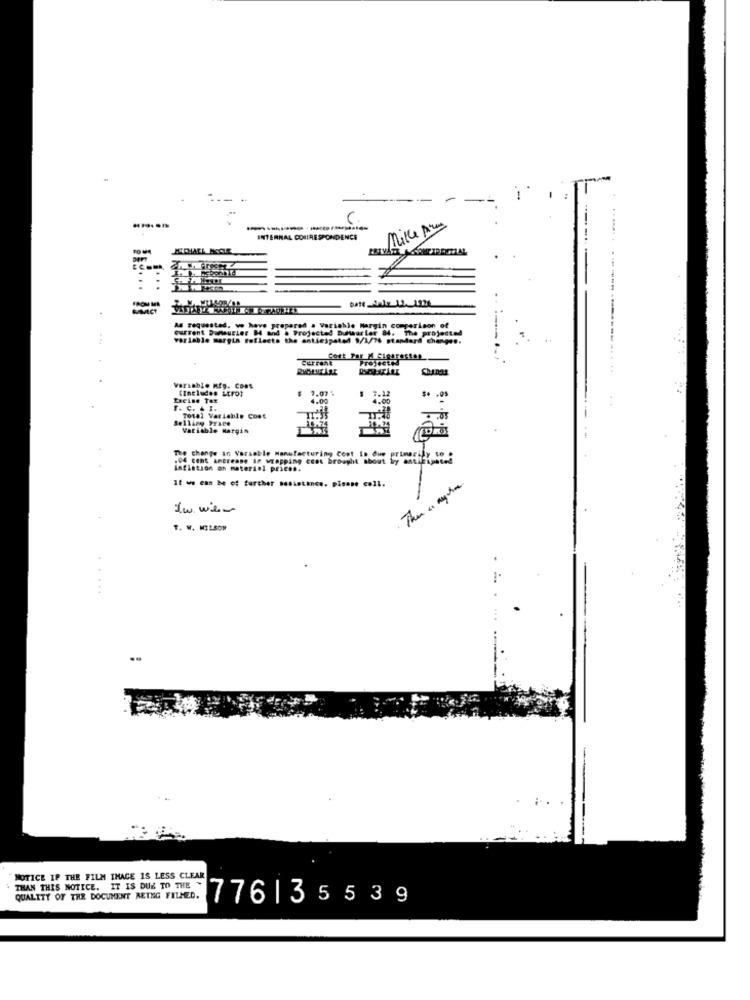
Mike Arm
INTERNAL CORRESPONDENCE
As requested. we have prepared . Variable Margin comparison of
current Dumaurier M and a Projected Dumaurier 84. The projected
variable margin reflects the anticipated 9/1/76 standard changes.
Cost Par K Cigarettes
Projected
variable mfg. Cont
(Includes strot
7.07 %
Excise Tax
4.00
7.12
$. .
r. C. . I.
4.00
selling Prace
Total Variable Cost
Variable Margin
The change in Varaable Manufacturing Cost is due primarily to .
.04 cent antrease in wrapping cent brought about by anticipated
inflation on material prices.
11 we can be of further ... istince. please coll.
Then a myhome.
In wien
T. W. WILSON
......
NOTICE IF THE FILM THACE IS LESS CLEAR
THAN THIS NOTICE. IT IS DUE TO THE -
QUALITY OF THE DOCUMENT RETEG FILMED.
776|35539